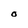
Character: O